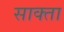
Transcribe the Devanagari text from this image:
साक्ता